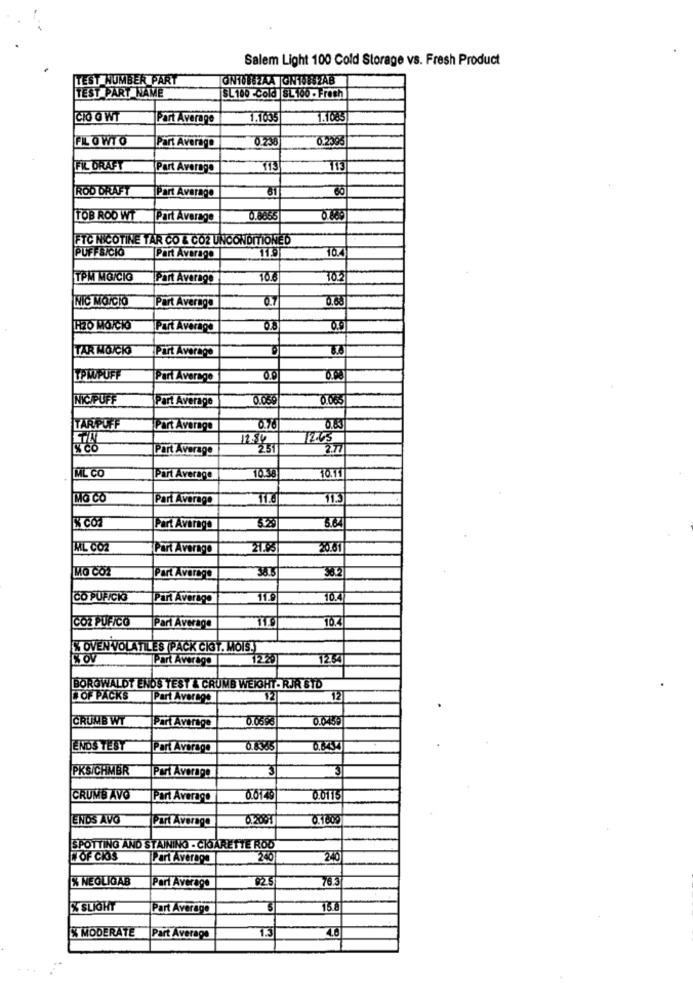
Salem Light 100 Cold Storage vs. Fresh Product
TEST NUMBER PART
TEST PART NAME
SL 100 -Cold SL 100 - Fresh
CIO O WT
Fart Average
1.1035
FLOWTO
0.238
Part Average
FIL DRAFT
Part Average
113
ROD DRAFT
60
Part Averago
TOB ROO WT
Part Average
0.8855
FTC NICOTINE TAR CO & CO2 UNCONDITIONED
PUFFSICIO
11.9
10.4
Part Average
TPM MG/CIO
Part Average
NIC MarCIO
0.7
Part Average
H2O MO/CIO
Part Average
TAR MO/CKS
Part Average
TPMPUFF
Part Average
NICIPUFF
Part Average
0.059
0.08%
TARPUFF
Part Average
0.78
12.84
12.65
Part Average
27
ML CO
Part Average
10:38
MO Co
Part Average
11.3
Port Avarago
HL COZ
Part Average
21.95
20161
MO COM
|Part Average
ČO PUF/CKÉ
Part Average
11.9
10.4
COZ PUFICO
Parl Average
K OVEN VOLATILES PACK CIGT. MOIS.
NOV
Part Average
12.20
1264
BORGWALDT ENDS TEST & CRUMB WEIGHT- RJR STD
# OF PACKS
|Part Average
12
12
CRUMB WT
0.0598
0.0435
Part Average
ENDS TEST
Part Average
0.6385
0.6434
PKSICHMBR
3
3
Part Average
CRUMB AVO
Part Average
0.0149
0.0115
ENDS AVO
Part Average
0.100%
SPOTTING AND STAINING - CHARETTE ROD
WOF CRIS
Port Average
240
240
% NEGLIGAB
763
Part Average
% SLIGHT
Part Average
5
% MODERATE
15
Part Average